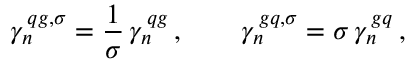
\gamma _ { n } ^ { \, q g , \sigma } = \frac { 1 } { \sigma } \, \gamma _ { n } ^ { \, q g } \, , \qquad \gamma _ { n } ^ { \, g q , \sigma } = \sigma \, \gamma _ { n } ^ { \, g q } \, ,